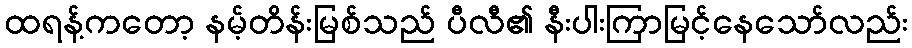
ထရန့်ကတော့ နမ့်တိန်းမြစ်သည် ပီလီ၏ နီးပါးကြာမြင့်နေသော်လည်း